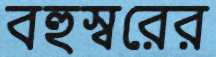
বহুস্বরের